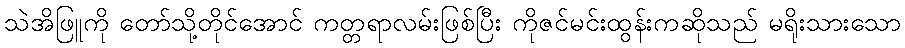
သဲအိဖြူကို တော်သို့တိုင်အောင် ကတ္တရာလမ်းဖြစ်ပြီး ကိုဇင်မင်းထွန်းကဆိုသည် မရိုးသားသော